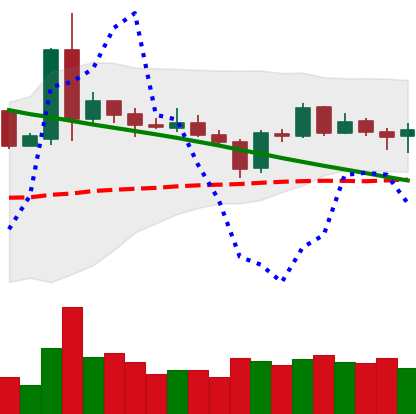
Ticker: NEO-USD
Chart end date: 2019-03-12
Forward return: 4.408%
Label: up_3_5